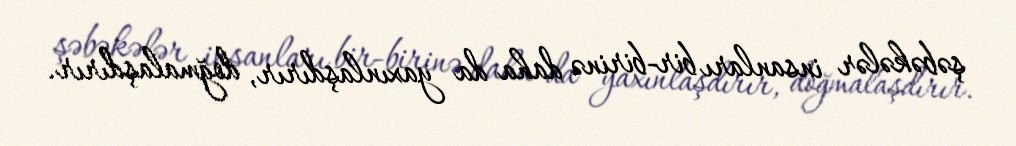
şəbəkələr insanları bir-birinə daha da yaxınlaşdırır, doğmalaşdırır.